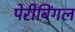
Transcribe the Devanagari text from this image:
पेरीबिंगल